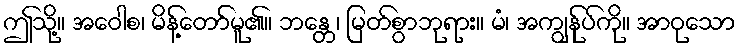
ဤသို့။ အဝေါစ၊ မိန့်တော်မူ၏။ ဘန္တေ၊ မြတ်စွာဘုရား။ မံ၊ အကျွန်ုပ်ကို။ အာဝုသော